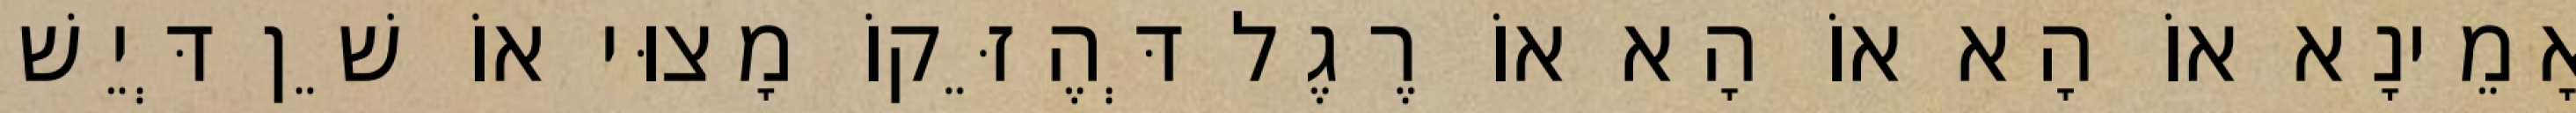
אָמֵינָא אוֹ הָא אוֹ הָא אוֹ רֶגֶל דְּהֶזֵּקוֹ מָצוּי אוֹ שֵׁן דְּיֵשׁ